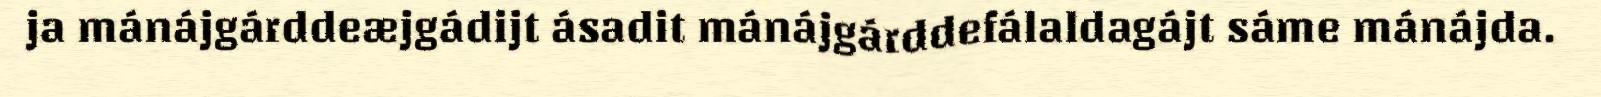
ja mánájgárddeæjgádijt ásadit mánájgárddefálaldagájt sáme mánájda.